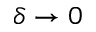
\delta \to 0